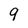
Character: 9